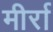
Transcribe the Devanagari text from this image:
मीर्रा